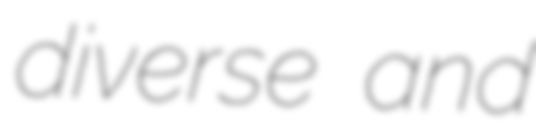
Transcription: diverse and